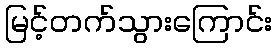
မြင့်တက်သွားကြောင်း